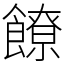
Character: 䭜